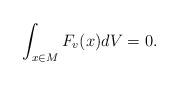
LaTeX: \begin{align*}\int_{x\in M} F_{v}(x) dV=0.\end{align*}